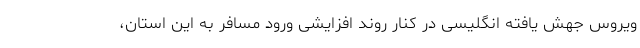
ویروس جهش یافته انگلیسی در کنار روند افزایشی ورود مسافر به این استان،